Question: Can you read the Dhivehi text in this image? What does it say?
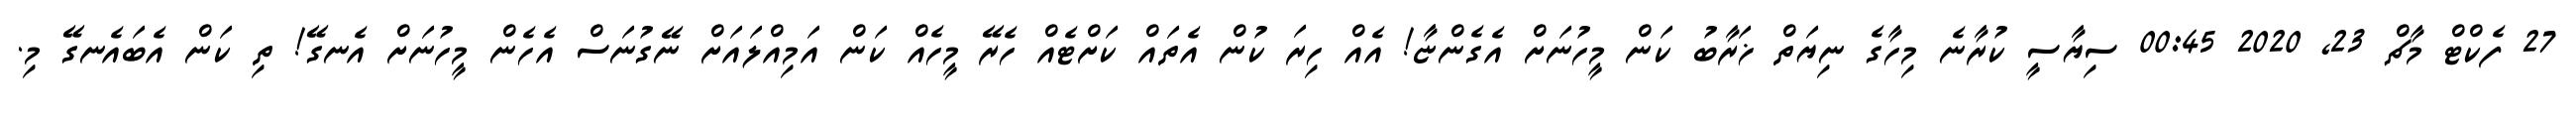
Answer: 27 ފެކްޓް މާޗް 23, 2020 00:45 ސިޔާސީ ކުރާނެ މިހާގެ ނިޔަތް ޚަރާބު ކަން މީހުނަށް އެގެންޏާ! އެއް ހިރަ ކުން އެތައް ކަށްޓެއް ހެރޭ މީހެއް ކަން އަމިއްލައަށް ނޭގުނަސް އެހެން މީހުނަށް އެނގޭ! ތި ކަން އެބައެނގޭ މި.